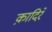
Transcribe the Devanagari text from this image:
क़ादिरे